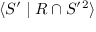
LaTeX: \langle S ^ { \prime } \mid R \cap S ^ { \prime } { } ^ { 2 } \rangle